system: You are a helpful assistant.
user:
Analyze the provided spectrum to determine if it is a **S-type Star**.

- **Key Indicators for S-type Star:**

    - **(Overall Spectrum Shape):** The first and most obvious characteristic is the overall continuum (the "baseline" shape). It is **extremely "red-sloping,"** meaning the flux (light intensity) is very low on the left side (blue, ~4000-4500 Å) and rises steeply and continuously toward the right side (red, ~7000 Å+).

    - **(Primary):** The spectrum is defined by the presence of strong, broad molecular absorption "valleys" (bands) from **Zirconium Oxide (ZrO)**. The identification of these bands is the **primary requirement** for classifying a star as S-type.
        - **(Key Bandheads):** You must find distinct, deep "dips" where the light has been absorbed. The most critical band systems to locate are:
            - **~6474 Å** ($\gamma$-system): This is often the strongest and clearest ZrO feature, found in the red part of the spectrum.
            - **~5718 Å** & **~5551 Å** ($\beta$-system): A pair of prominent absorption features in the yellow-orange part of the spectrum.
            - **~4640 Å** ($\alpha$-system): A key absorption band system in the blue-green region of the spectrum.

    - **(Secondary Confirmation):** The classification is strengthened by finding additional absorption bands from other related heavy element oxides, which are expected to be present alongside ZrO.
        - **(Key Bandheads):**
            - **Yttrium Oxide (YO):** Look for absorption dips near **~4800 Å** and **~6100 Å**.
            - **Lanthanum Oxide (LaO):** Additional absorption features, particularly in the red-orange part of the spectrum, are also characteristic.

    - **(Line Profile):** The combination of the steep red continuum and these numerous, deep molecular bands (ZrO, YO, etc.) gives the entire spectrum a very **"chopped-up"** or **"bumpy"** appearance. Instead of a smooth curve, the spectrum looks as though large, wide chunks of light have been "carved out" of it at the specific wavelengths listed above.

Think first, call **spectral_visualization_tool** if needed to examine features in detail, then provide your final answer. Your response must adhere to the following strict rules:
1.  **Overall Structure:** Your response must follow the format `<think>...</think> <tool_call>...</tool_call> (if a tool is used) <answer>...</answer>`.
2.  **Tool Usage Constraint:** You may only make **one** tool call per turn.
3.  **Final Answer Format:** In the `<answer>` tag, your conclusion must be inside a `\boxed{}` command (e.g., `\boxed{YES}` or `\boxed{NO}`), followed by your justification.

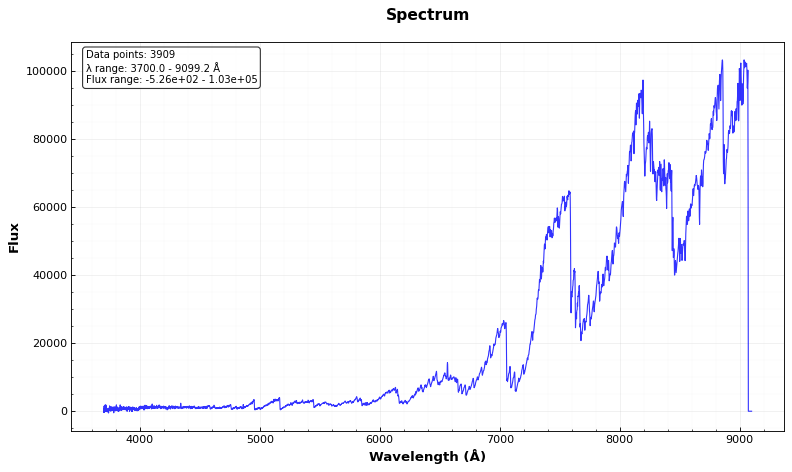
Answer: YES